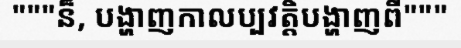
"""ន៏, បង្ហាញកាលប្បវត្តិបង្ហាញពី"""